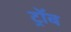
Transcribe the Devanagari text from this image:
ट्रॉब